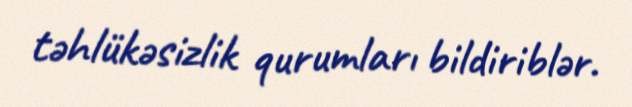
təhlükəsizlik qurumları bildiriblər.